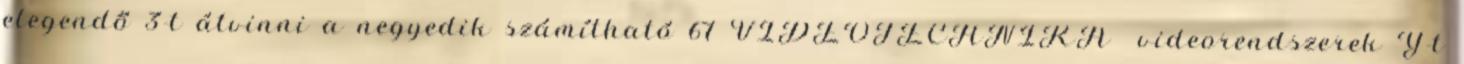
elegendő 3-t átvinni a negyedik számítható 67 VIDEOTECHNIKA videorendszerek Y-t